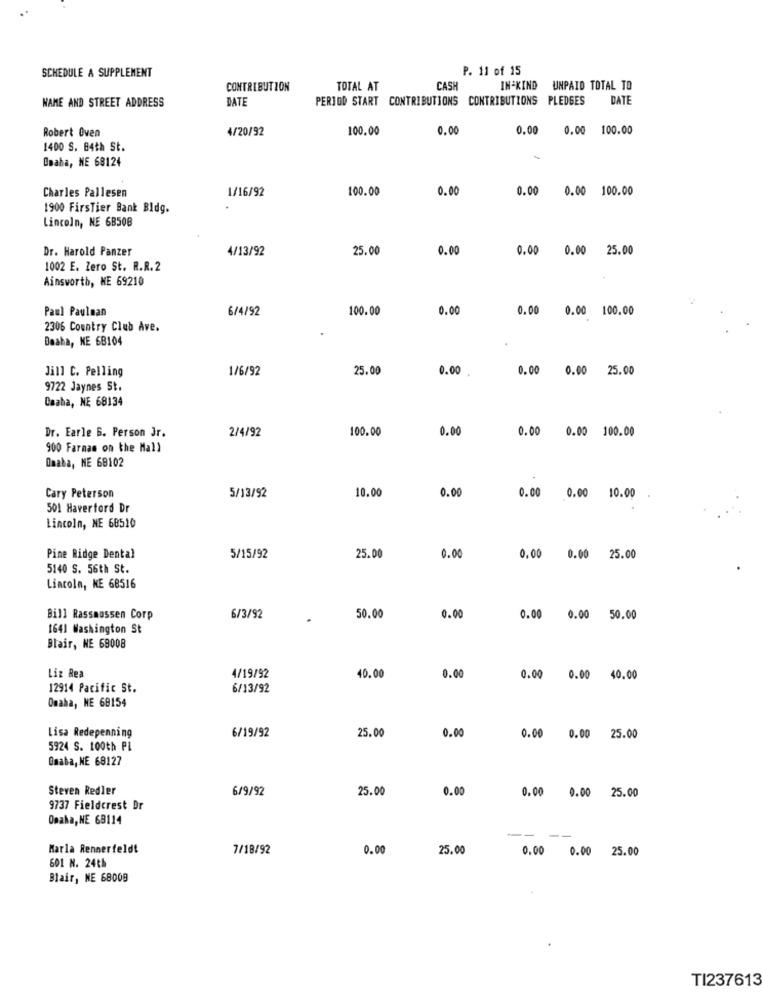
SCHEDULE A SUPPLEMENT
P. 11 of 15
CONTRIBUTION
TOTAL AT
CASH
IN-KIND
UNPAID TOTAL TO
NAME AND STREET ADDRESS
DATE
PERIOD START CONTRIBUTIONS
CONTRIBUTIONS PLEDGES
DATE
Robert Oven
4/20/92
100.00
0.00
0.00
0.00
100.00
1400 S. 84th St.
Omaha, NE 68124
Charles Pallesen
1/16/92
100.00
0.0
0.00 0.00 100.00
1900 FirsTier Bank Bldg.
Lincoln, NE 68508
Dr. Harold Panzer
4/13/92
25.00
0.00
0.00 0.00 25.00
1002 E. Zero St. R.R.2
Ainsworth, HE 69210
Paul Paulman
6/4/92
100.00
0.0
0.00 0.00 100.00
2306 Country Club Ave.
Deaha, NE 6B104
Jill C. Pelling
1/6/92
25.00
0.00
0.00 0.00 25.00
9722 Jaynes St.
Caaha, NE 68134
2/4/92
100.00
0.00
0.00
0.00 100.00
Dr. Earle 6. Person Jr.
900 Farmas on the Mall
Onaba, NE 68102
10.00
0.00
0.00
Cary Peterson
5/13/92
0.00 10.00
501 Haverford Dr
Lincoln, NE 68510
Pine Ridge Dental
5/15/92
25.00
0.00
0.00
0.00 25.00
5140 S. 56th St.
Lincoln, KE 68516
Bill Rassmossen Corp
6/3/92
50.00
0.00
0.00
0.00
50.00
1641 Washington St
Blair, NE 68008
Liz Rea
4/19/92
40.00
0.00
0.00 0.00 40.00
12914 Pacific St.
6/13/92
Omaha, ME 68154
6/19/92
25.00
Lisa Redepenning
0.00
0.00 0.00 25.00
5924 S. 100th PL
Onaba, NE 68127
Steven Redler
6/9/92
25.00
0.00
0.00 0.00 25.00
9737 Fieldcrest Dr
Omaha, NE 68114
Karla Rennerfeldt
7/18/92
0.00
25.00
0.00 0.00 25.00
601 N. 24th
Blair, NE 68009
TI237613